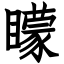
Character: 矇